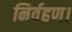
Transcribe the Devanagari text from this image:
निर्वहण।